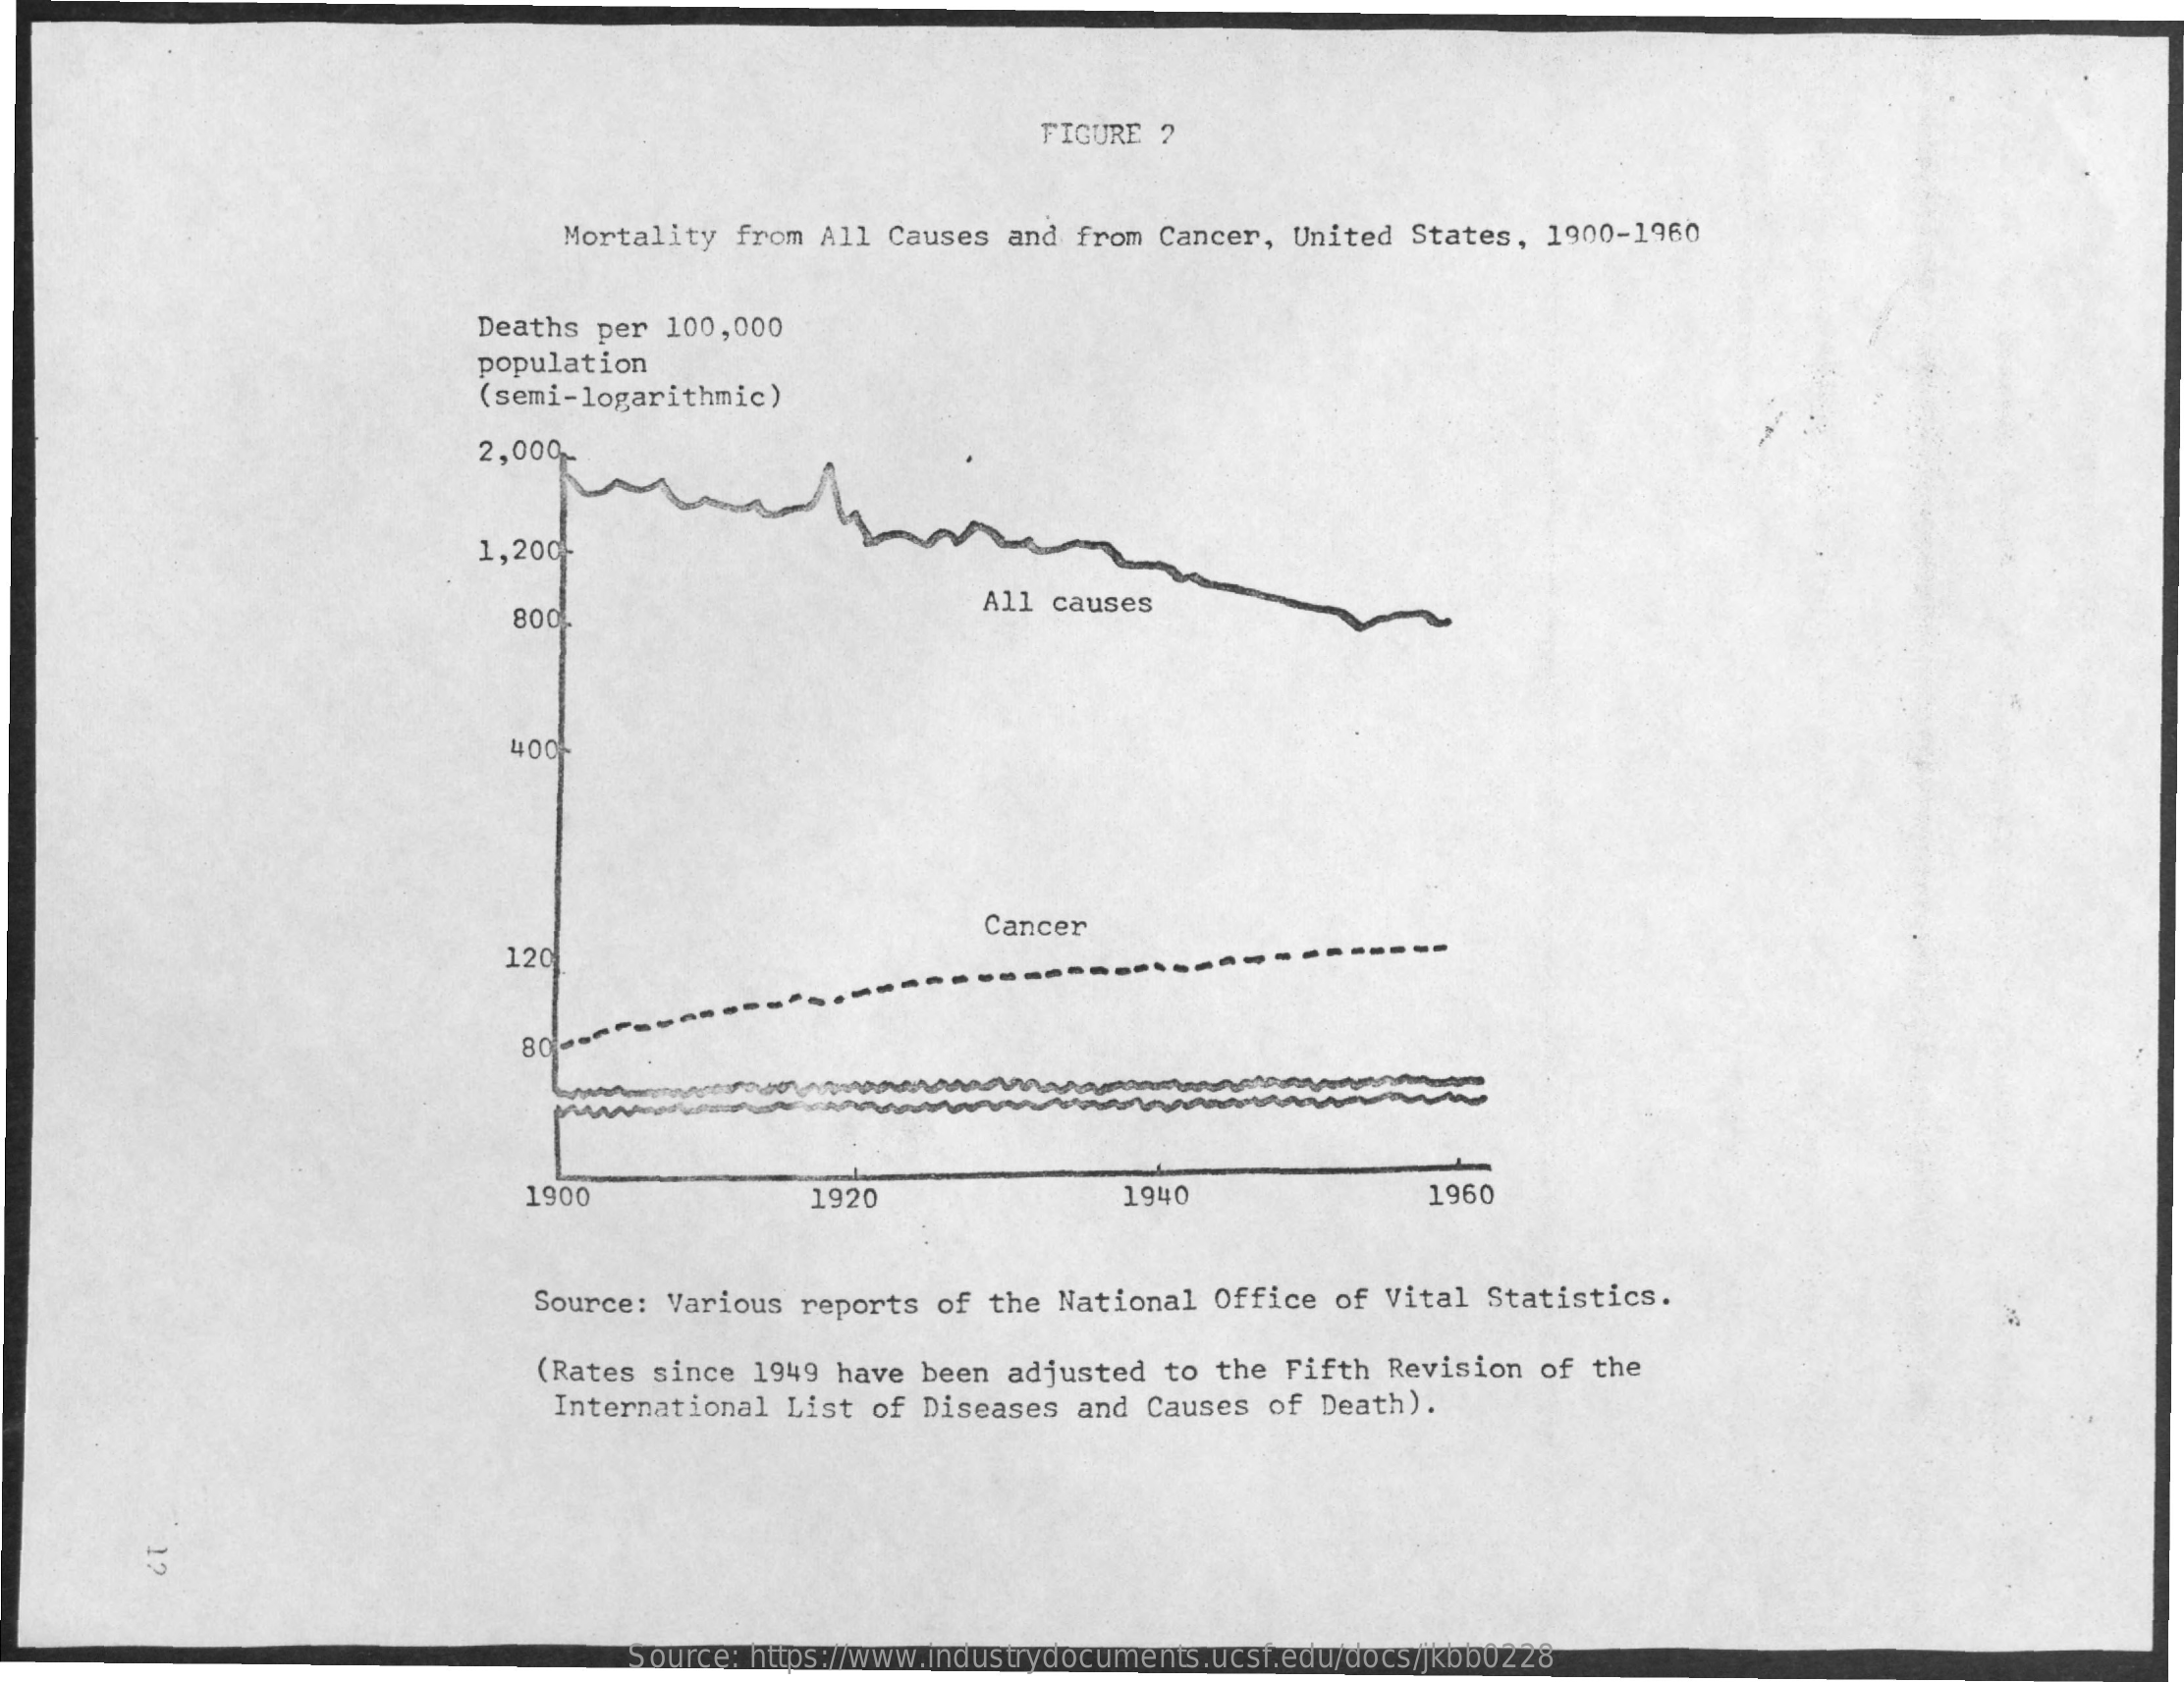
FIGURE ?
     Mortality  from All  Causes and  from Cancer, United  States,  1900-1960
     Deaths per 100,000
     population
     (semi-logarithmic)
     2,000.
     1,200-
     800
     All causes
     400%
     120
     Cancer
     80 ---
     1900    1920    1940    1960
     Source:  Various reports  of the National  Office  of Vital  Statistics.
     (Rates since 1949 have  been adjusted  to  the Fifth Revision  of  the
     International List of  Diseases  and Causes  of Death).
     Source: https://www.industrydocuments.ucsf.edu/docs/jkbb0228